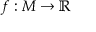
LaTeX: f : M \to \mathbb { R }